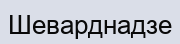
Шеварднадзе